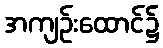
အကျဉ်းထောင်၌